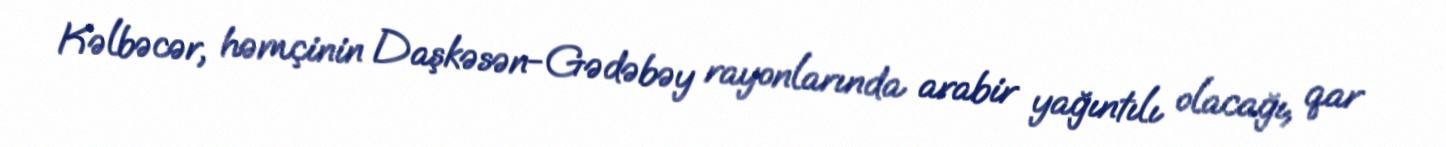
Kəlbəcər, həmçinin Daşkəsən-Gədəbəy rayonlarında arabir yağıntılı olacağı, qar